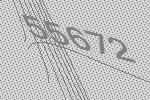
55672